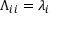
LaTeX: \Lambda _ { i i } = \lambda _ { i }